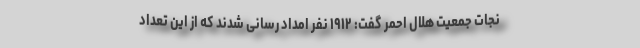
نجات جمعیت هلال احمر گفت: ١٩١٢ نفر امداد رسانی شدند که از این تعداد